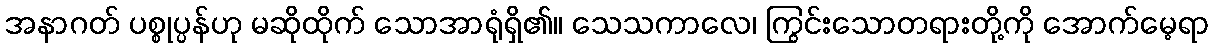
အနာဂတ် ပစ္စုပ္ပန်ဟု မဆိုထိုက် သောအာရုံရှိ၏။ သေသကာလေ၊ ကြွင်းသောတရားတို့ကို အောက်မေ့ရာ